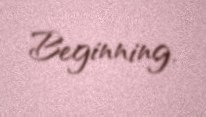
Beginning.